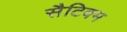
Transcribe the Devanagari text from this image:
सैटिवम